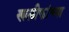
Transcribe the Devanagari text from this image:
खलीफांच्या